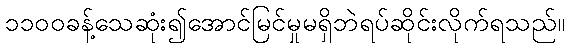
၁၁၀၀ခန့်သေဆုံး၍အောင်မြင်မှုမရှိဘဲရပ်ဆိုင်းလိုက်ရသည်။